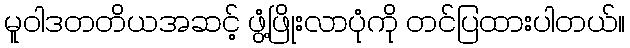
မူဝါဒတတိယအဆင့် ဖွံ့ဖြိုးလာပုံကို တင်ပြထားပါတယ်။